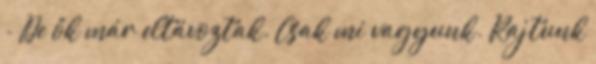
- De ők már eltávoztak. Csak mi vagyunk. Rajtunk